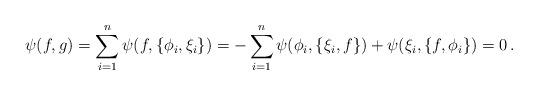
LaTeX: \begin{align*}\psi(f,g) = \sum_{i=1}^{n}\psi(f,\{\phi_{i},\xi_{i}\}) =- \sum_{i=1}^{n} \psi(\phi_{i},\{\xi_{i}, f\}) +\psi(\xi_{i},\{f, \phi_{i}\}) = 0\,.\end{align*}